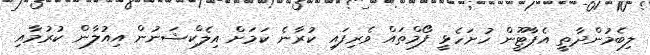
ލިބެމުންދާތީ އެޕާޓޫީން ހުށަހެޅީ ފޯމްތައް ވެރިފައި ކުރާނެ ކަމަށް އިލެކްޝަނުން އިއުލާން ކުރުމާއި